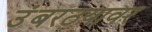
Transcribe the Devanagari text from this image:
उंबरठयावर